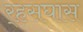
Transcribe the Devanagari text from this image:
र्‍हसघास